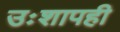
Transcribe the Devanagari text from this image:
उःशापही